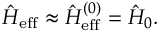
\hat { H } _ { \mathrm { e f f } } \approx \hat { H } _ { \mathrm { e f f } } ^ { ( 0 ) } = \hat { H } _ { 0 } .